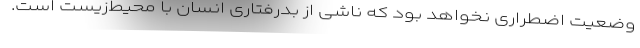
وضعیت اضطراری نخواهد بود که ناشی از بدرفتاری انسان با محیط‌زیست است.